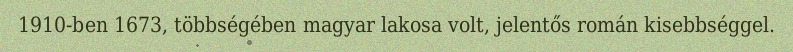
1910-ben 1673, többségében magyar lakosa volt, jelentős román kisebbséggel.